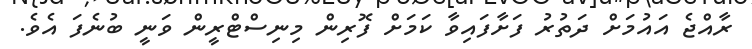
ރާއްޖެ އައުމަށް ދަތުރު ފަށާފައިވާ ކަމަށް ފޮރިން މިނިސްޓްރީން ވަނީ ބުނެފަ އެވެ.